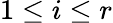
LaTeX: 1\leq i\leq r